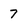
Character: 7